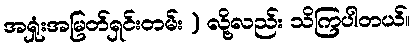
အရှုံးအမြတ်ရှင်းတမ်း ) လို့လည်း သိကြပါတယ်။